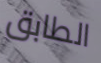
الطابق